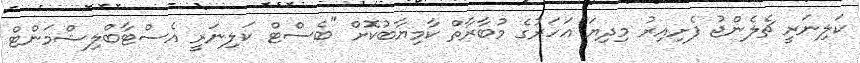
ކަލިނަރީ ޗެލެންޖު ފެށިއިރު މިދިޔަ އަހަރުގެ މުބާރާތް ކާމިޔާބުކޮށް "ބެސްޓް ކަލިނަރީ އެސްޓާބްލިޝްމަންޓް